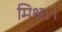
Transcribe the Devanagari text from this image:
मिश्र।।